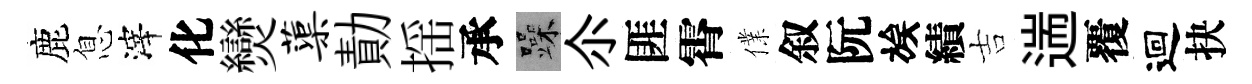
鹿息滓化𤓖蕖勣揺承躁尒匪霄㒒叙阮族績吉遄覆迴抉